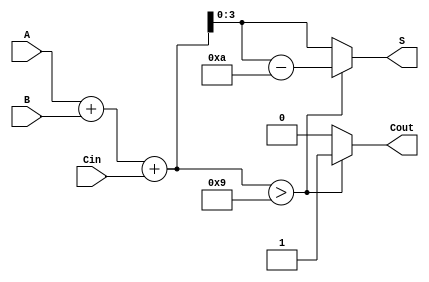
module BCD_Hybrid_Adder (
    input  wire [3:0] A,      // First BCD digit
    input  wire [3:0] B,      // Second BCD digit
    input  wire       Cin,     // Carry input
    output reg  [3:0] S,       // BCD result
    output reg       Cout       // Carry output
);

    // Intermediate signal to hold the sum
    wire [4:0] Sum;

    // Calculate the raw binary sum of A, B, and Cin
    assign Sum = A + B + Cin;

    always @(*) begin
        // Check if the sum exceeds the valid BCD range
        if (Sum > 9) begin
            // If the sum is greater than 9, we need to add 6 (0110)
            S = Sum - 10; // Adjust the result to be in BCD range
            Cout = 1;     // Set carry out
        end else begin
            // If the sum is valid BCD
            S = Sum[3:0]; // Use the lower 4 bits as the result
            Cout = 0;     // No carry out
        end
    end

endmodule